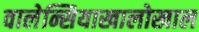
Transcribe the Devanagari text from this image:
वालेन्सियाखालोखाल